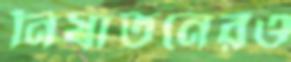
নির্যাতনেরও